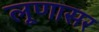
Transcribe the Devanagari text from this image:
लूणासर